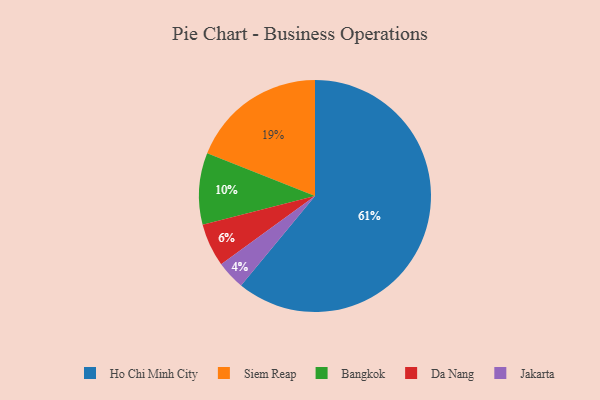
{"axis": {"x": "Category", "y": "Percentage"}, "legend": ["Bangkok", "Da Nang", "Ho Chi Minh City", "Jakarta", "Siem Reap"], "data": [{"x": "Siem Reap", "y": 19, "type": "Siem Reap"}, {"x": "Ho Chi Minh City", "y": 61, "type": "Ho Chi Minh City"}, {"x": "Da Nang", "y": 6, "type": "Da Nang"}, {"x": "Bangkok", "y": 10, "type": "Bangkok"}, {"x": "Jakarta", "y": 4, "type": "Jakarta"}]}